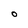
Character: 0